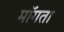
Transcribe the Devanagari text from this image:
माॅगता